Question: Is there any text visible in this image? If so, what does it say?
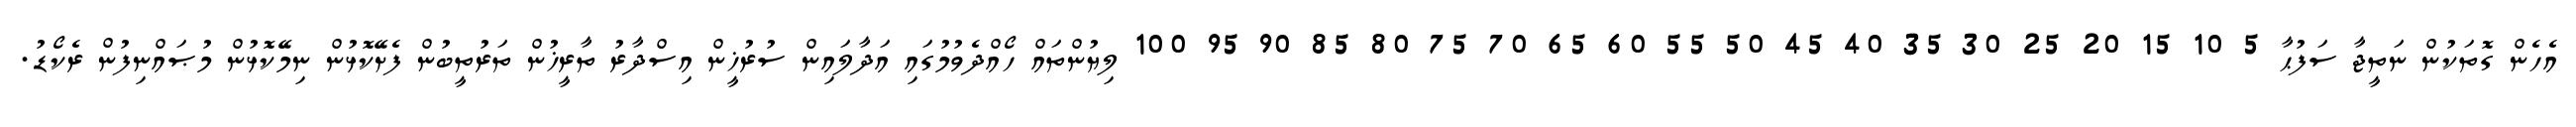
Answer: އެހެން ގޮތަކުން ނަތީޖާ ސަފުޙާ 5 10 15 20 25 30 35 40 45 50 55 60 65 70 75 80 85 90 95 100 ލިޔުންތައް ހޯއްދެވުމުގައި އަދާލައިން ސުރުޚީން އިސްދާރު ތާރީޚުން ތަރުތީބުން ފެށޭކޮޅުން ނިމޭކޮޅުން މުޞައްނިފުން ރެކޯޑު.